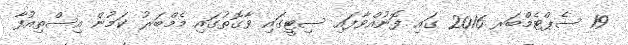
19 ސެޕްޓެމްބަރ 2016 ގައި ފޮނުއްވާފައި ސިޓީގައި ވާގޮތުގައި މެމްބަރު ކަމުން އިސްތިއުފާ